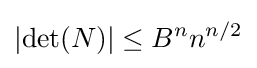
\left|\det(N)\right|\leq B^{n}n^{n/2}